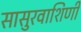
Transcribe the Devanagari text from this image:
सासुरवाशिणी